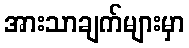
အားသာချက်များမှာ